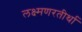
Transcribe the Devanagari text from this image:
लक्ष्मणरतीर्था